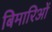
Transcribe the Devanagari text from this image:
बिमारिओं